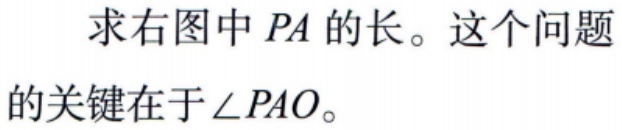
求右图中 \(PA\) 的长。这个问题的关键在于 \(\angle PAO\)。